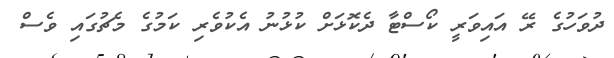
ދުވަހުގެ ރޭ އައިވަރީ ކޯސްޓާ ދެކޮޅަށް ކުޅުނު އެކުވެރި ކަމުގެ މެޗުގައި ވެސް